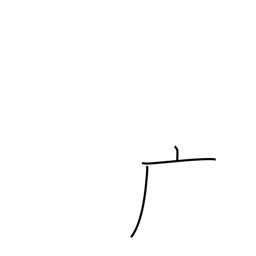
Meaning: dotted cliff radical (no. 53)